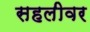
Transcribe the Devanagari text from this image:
सहलीवर